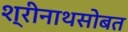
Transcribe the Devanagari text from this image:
श्रीनाथसोबत